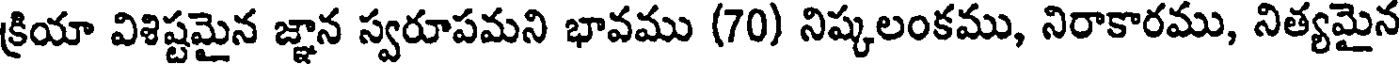
క్రియా విశిష్టమైన జ్ఞాన స్వరూపమని భావము (70) నిష్కలంకము, నిరాకారము, నిత్యమైన